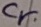
Text: Cr